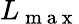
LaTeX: L_{\mathrm{~m~a~x~}}